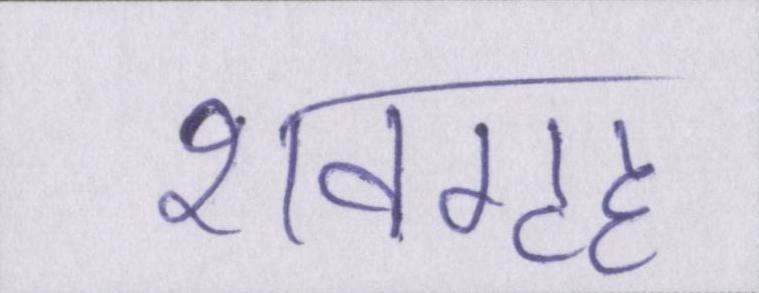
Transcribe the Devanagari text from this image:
शवगृह